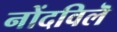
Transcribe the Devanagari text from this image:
नोंदविलॆ